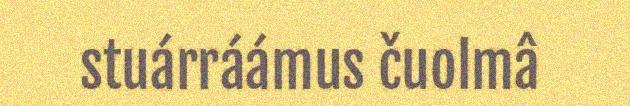
stuárráámus čuolmâ